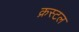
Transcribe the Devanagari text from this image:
क्रस्टल